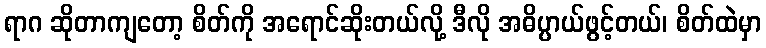
ရာဂ ဆိုတာကျတော့ စိတ်ကို အရောင်ဆိုးတယ်လို့ ဒီလို အဓိပ္ပာယ်ဖွင့်တယ်၊ စိတ်ထဲမှာ